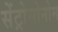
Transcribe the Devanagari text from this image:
सेंट्रोसोनोम